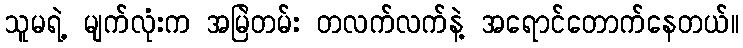
သူမရဲ့ မျက်လုံးက အမြဲတမ်း တလက်လက်နဲ့ အရောင်တောက်နေတယ်။